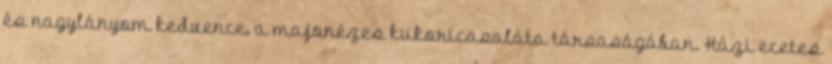
és nagylányom kedvence, a majonézes kukoricasaláta társaságában. Házi ecetes